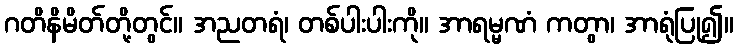
ဂတိနိမိတ်တို့တွင်။ အညတရံ၊ တစ်ပါးပါးကို။ အာရမ္မဏံ ကတွာ၊ အာရုံပြု၍။